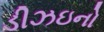
ડીઝઇનો